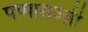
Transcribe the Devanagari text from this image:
पप्पाराज्ज़ी